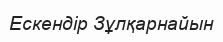
Ескендір Зұлқарнайын